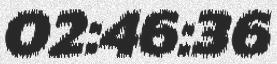
02:46:36